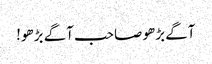
آگے بڑھو صاحب آگے بڑھو!